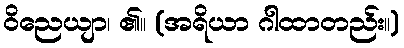
ဝိညေယျာ၊ ၏။ (အရိယာ ဂါထာတည်း။)